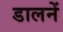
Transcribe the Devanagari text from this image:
डालनें